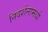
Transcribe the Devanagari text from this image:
निदर्शनामध्ये